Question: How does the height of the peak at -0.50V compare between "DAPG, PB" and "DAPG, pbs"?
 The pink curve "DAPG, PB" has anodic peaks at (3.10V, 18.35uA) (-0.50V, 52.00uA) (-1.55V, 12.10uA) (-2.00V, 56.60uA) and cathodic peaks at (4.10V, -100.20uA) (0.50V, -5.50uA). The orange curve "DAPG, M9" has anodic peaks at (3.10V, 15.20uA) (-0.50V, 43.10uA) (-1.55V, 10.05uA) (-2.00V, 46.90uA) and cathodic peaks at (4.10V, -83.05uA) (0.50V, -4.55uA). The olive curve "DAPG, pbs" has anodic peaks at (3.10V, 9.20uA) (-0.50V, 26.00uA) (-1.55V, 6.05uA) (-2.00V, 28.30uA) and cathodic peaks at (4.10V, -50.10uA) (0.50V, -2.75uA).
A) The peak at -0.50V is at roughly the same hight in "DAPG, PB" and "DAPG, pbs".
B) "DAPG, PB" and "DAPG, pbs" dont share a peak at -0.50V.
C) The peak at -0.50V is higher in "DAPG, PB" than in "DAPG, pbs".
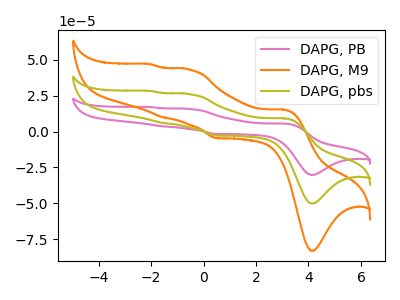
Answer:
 <answer>C) The peak at -0.50V is higher in "DAPG, PB" than in "DAPG, pbs".</answer>
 <eval>C</eval>